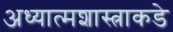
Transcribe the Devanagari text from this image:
अध्यात्मशास्त्राकडे